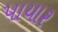
પાયાર